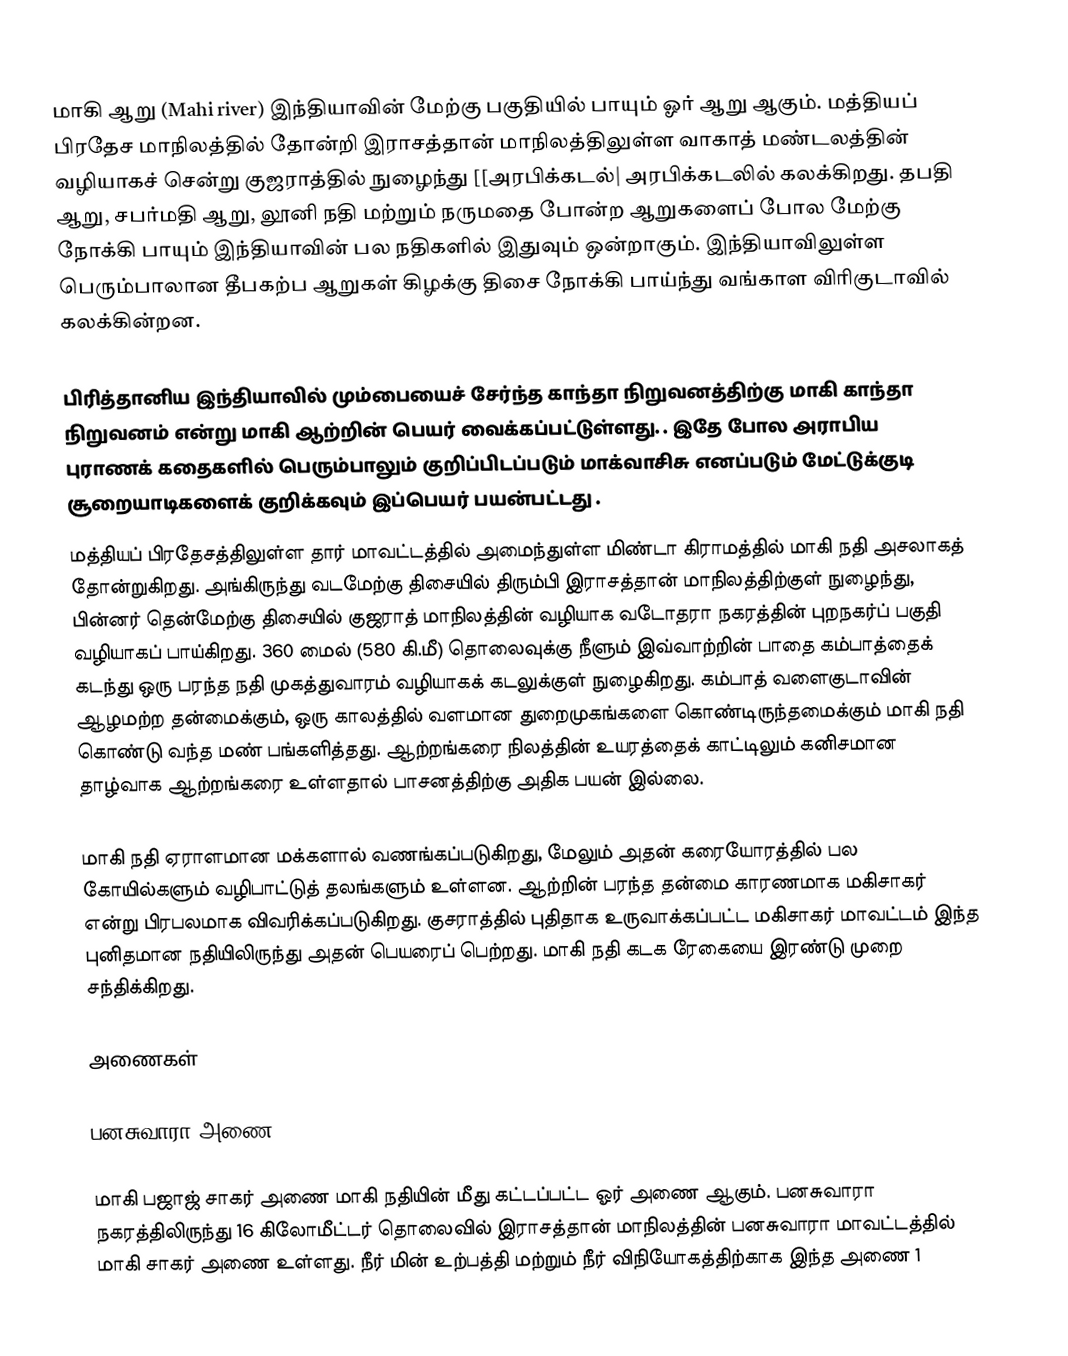
மாகி ஆறு (Mahi river) இந்தியாவின் மேற்கு பகுதியில் பாயும் ஓர் ஆறு ஆகும். மத்தியப் பிரதேச மாநிலத்தில் தோன்றி இராசத்தான் மாநிலத்திலுள்ள வாகாத் மண்டலத்தின் வழியாகச் சென்று குஜராத்தில் நுழைந்து [[அரபிக்கடல்| அரபிக்கடலில் கலக்கிறது. தபதி ஆறு, சபர்மதி ஆறு, லூனி நதி மற்றும் நருமதை போன்ற ஆறுகளைப் போல மேற்கு நோக்கி பாயும் இந்தியாவின் பல நதிகளில் இதுவும் ஒன்றாகும். இந்தியாவிலுள்ள பெரும்பாலான தீபகற்ப ஆறுகள் கிழக்கு திசை நோக்கி பாய்ந்து வங்காள விரிகுடாவில் கலக்கின்றன.

பிரித்தானிய இந்தியாவில் மும்பையைச் சேர்ந்த காந்தா நிறுவனத்திற்கு மாகி காந்தா நிறுவனம் என்று மாகி ஆற்றின் பெயர் வைக்கப்பட்டுள்ளது. . இதே போல அராபிய புராணக் கதைகளில் பெரும்பாலும் குறிப்பிடப்படும் மாக்வாசிசு எனப்படும் மேட்டுக்குடி சூறையாடிகளைக் குறிக்கவும் இப்பெயர் பயன்பட்டது .
மத்தியப் பிரதேசத்திலுள்ள தார் மாவட்டத்தில் அமைந்துள்ள மிண்டா கிராமத்தில் மாகி நதி அசலாகத் தோன்றுகிறது. அங்கிருந்து வடமேற்கு திசையில் திரும்பி இராசத்தான் மாநிலத்திற்குள் நுழைந்து, பின்னர் தென்மேற்கு திசையில் குஜராத் மாநிலத்தின் வழியாக வடோதரா நகரத்தின் புறநகர்ப் பகுதி வழியாகப் பாய்கிறது. 360 மைல் (580 கி.மீ) தொலைவுக்கு  நீளும்  இவ்வாற்றின் பாதை கம்பாத்தைக்  கடந்து ஒரு பரந்த நதி முகத்துவாரம் வழியாகக் கடலுக்குள் நுழைகிறது. கம்பாத் வளைகுடாவின் ஆழமற்ற தன்மைக்கும், ஒரு காலத்தில் வளமான துறைமுகங்களை கொண்டிருந்தமைக்கும் மாகி நதி கொண்டு வந்த மண் பங்களித்தது. ஆற்றங்கரை நிலத்தின் உயரத்தைக் காட்டிலும் கனிசமான தாழ்வாக ஆற்றங்கரை உள்ளதால் பாசனத்திற்கு அதிக பயன் இல்லை.

மாகி நதி ஏராளமான மக்களால் வணங்கப்படுகிறது, மேலும் அதன் கரையோரத்தில் பல கோயில்களும் வழிபாட்டுத் தலங்களும் உள்ளன.  ஆற்றின் பரந்த தன்மை காரணமாக மகிசாகர் என்று பிரபலமாக விவரிக்கப்படுகிறது. குசராத்தில் புதிதாக உருவாக்கப்பட்ட மகிசாகர் மாவட்டம் இந்த புனிதமான நதியிலிருந்து அதன் பெயரைப் பெற்றது. மாகி நதி கடக ரேகையை இரண்டு முறை சந்திக்கிறது.

அணைகள்

பனசுவாரா அணை

மாகி பஜாஜ் சாகர் அணை மாகி நதியின் மீது கட்டப்பட்ட ஓர் அணை ஆகும்.  பனசுவாரா நகரத்திலிருந்து 16 கிலோமீட்டர் தொலைவில் இராசத்தான் மாநிலத்தின் பனசுவாரா மாவட்டத்தில் மாகி சாகர் அணை உள்ளது. நீர் மின் உற்பத்தி மற்றும் நீர் விநியோகத்திற்காக இந்த அணை 1